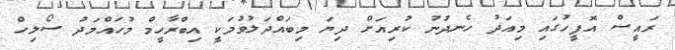
ރައީސް އޮފީހުގައި މިއަދު ހެނދުނު ކުރިއަށް ދިޔަ މިބައްދަލުވުމަކީ އިބްރާހީމް މުހައްމަދު ސޯލިހް